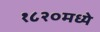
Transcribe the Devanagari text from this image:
१८२०मध्ये